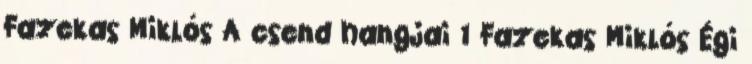
Fazekas Miklós A csend hangjai 1 Fazekas Miklós Égi